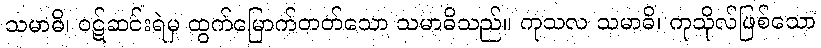
သမာဓိ၊ ဝဋ်ဆင်းရဲမှ ထွက်မြောက်တတ်သော သမာဓိသည်။ ကုသလ သမာဓိ၊ ကုသိုလ်ဖြစ်သော